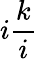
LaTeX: i{\frac{k}{i}}